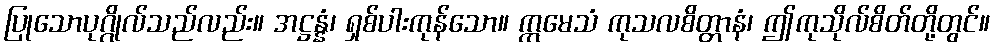
ပြုသောပုဂ္ဂိုလ်သည်လည်း။ အဋ္ဌန္နံ၊ ရှစ်ပါးကုန်သော။ ဣမေသံ ကုသလစိတ္တာနံ၊ ဤကုသိုလ်စိတ်တို့တွင်။